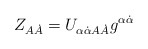
\begin{align*} Z_{A\dot A} = U_{\alpha\dot\alpha A\dot A}g^{\alpha\dot\alpha}\end{align*}